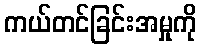
ကယ်တင်ခြင်းအမှုကို